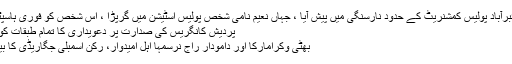
یہ واقعہ سائبرآباد پولیس کمشنریٹ کے حدود نارسنگی میں پیش آیا ، جہاں نعیم نامی شخص پولیس اسٹیشن میں گرپڑا ، اس شخص کو فوری ہاسپٹل منتقل …
پردیش کانگریس کی صدارت پر دعویداری کا تمام طبقات کو حق حاصل
بھٹی وکرامارکا اور دامودار راج نرسمہا اہل امیدوار، رکن اسمبلی جگاریڈی کا بیان حیدرآباد۔